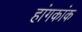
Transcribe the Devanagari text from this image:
हांगकांक